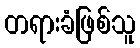
တရားခံဖြစ်သူ